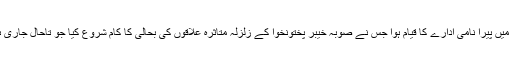
بعد میں پیرا نامی ادارے کا قیام ہوا جس نے صوبہ خیبر پختونخوا کے زلزلہ متاثرہ علاقوں کی بحالی کا کام شروع کیا جو تاحال جاری ہیں۔